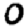
Digit: 0